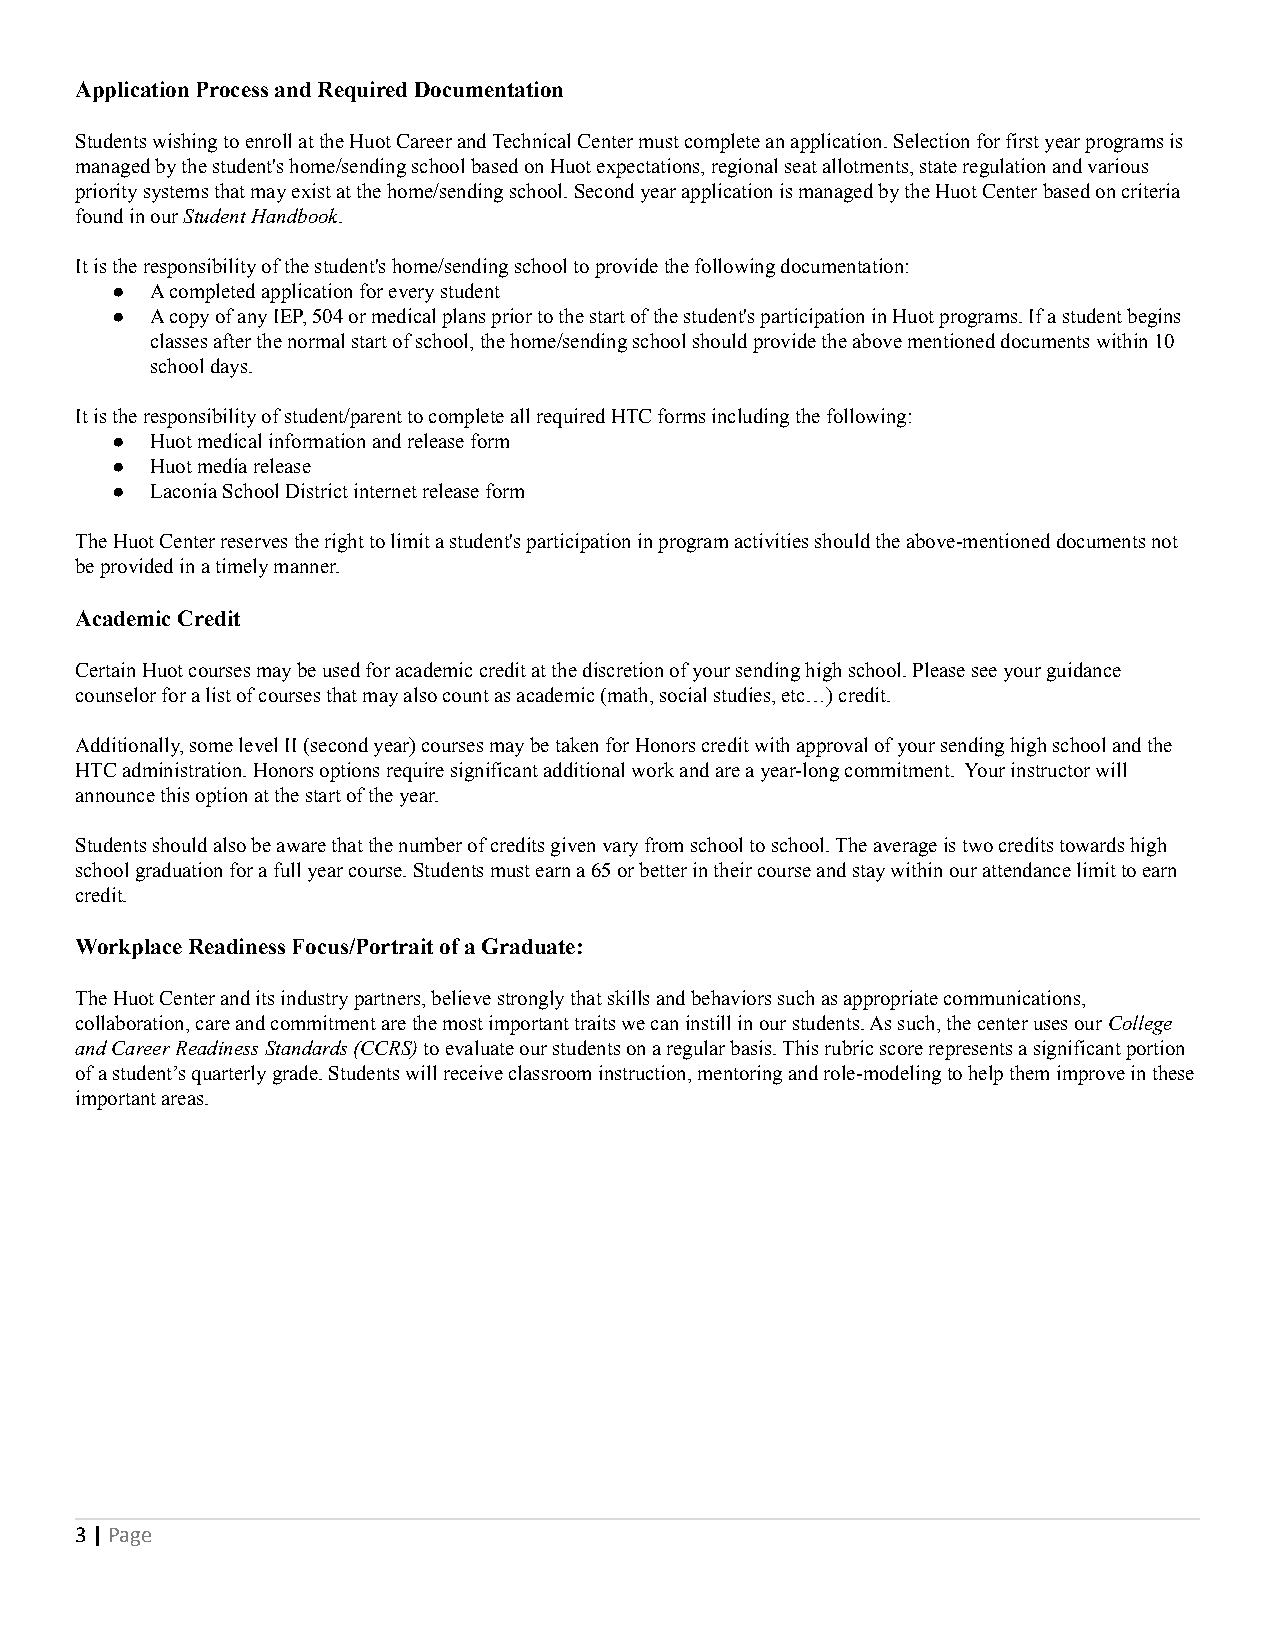
Application Process and Required Documentation
 Students wishing to enroll at the Huot Career and Technical Center must complete an application. Selection for first year programs is
 managed by the student's home/sending school based on Huot expectations, regional seat allotments, state regulation and various
 priority systems that may exist at the home/sending school. Second year application is managed by the Huot Center based on criteria
 found in ourStudent Handbook.
 It is the responsibility of the student's home/sending school to provide the following documentation:
 ●  A completed application for every student
 ●  A copy of any IEP, 504 or medical plans prior to the start of the student's participation in Huot programs. If a student begins
 classes after the normal start of school, the home/sending school should provide the above mentioned documents within 10
 school days.
 It is the responsibility of student/parent to complete all required HTC forms including the following:
 ●  Huot medical information and release form
 ●  Huot media release
 ●  Laconia School District internet release form
 The Huot Center reserves the right to limit a student's participation in program activities should the above-mentioned documents not
 be provided in a timely manner.
 Academic Credit
 Certain Huot courses may be used for academic credit at the discretion of your sending high school. Please see your guidance
 counselor for a list of courses that may also count as academic (math, social studies, etc…) credit.
 Additionally, some level II (second year) courses may be taken for Honors credit with approval of your sending high school and the
 HTC administration. Honors options require significant additional work and are a year-long commitment. Your instructor will
 announce this option at the start of the year.
 Students should also be aware that the number of credits given vary from school to school. The average is two credits towards high
 school graduation for a full year course. Students must earn a 65 or better in their course and stay within our attendance limit to earn
 credit.
 Workplace Readiness Focus/Portrait of a Graduate:
 The Huot Center and its industry partners, believe strongly that skills and behaviors such as appropriate communications,
 collaboration, care and commitment are the most important traits we can instill in our students. As such, the center uses our College
 and Career Readiness Standards (CCRS)to evaluateour students on a regular basis. This rubric score represents a significant portion
 of a student’s quarterly grade. Students will receive classroom instruction, mentoring and role-modeling to help them improve in these
 important areas.
 3|Page